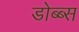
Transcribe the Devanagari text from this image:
डोब्ब्स